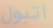
اتبول